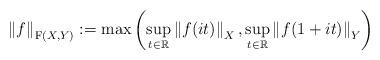
LaTeX: \begin{align*} \left\lVert{f}\right\rVert_{\mathrm{F}(X,Y)}:=\max\left(\underset{t\in\mathbb{R}}{\mathrm{sup}} \left\lVert {f(it)}\right\rVert_{X},\underset{t\in\mathbb{R}}{\mathrm{sup}} \left\lVert {f(1+it)}\right\rVert_{Y}\right)\end{align*}